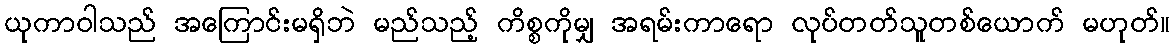
ယုကာဝါသည် အကြောင်းမရှိဘဲ မည်သည့် ကိစ္စကိုမျှ အရမ်းကာရော လုပ်တတ်သူတစ်ယောက် မဟုတ်။